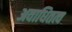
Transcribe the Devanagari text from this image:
अवाधितत्व